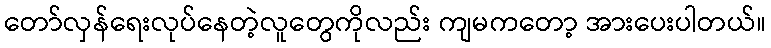
တော်လှန်ရေးလုပ်နေတဲ့လူတွေကိုလည်း ကျမကတော့ အားပေးပါတယ်။